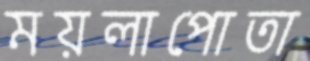
ময়লাপোতা